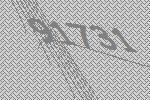
91731